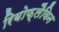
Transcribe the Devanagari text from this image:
रिबोफ्लैविन